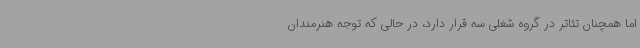
اما همچنان تئاتر در گروه شغلی سه قرار دارد، در حالی که توجه هنرمندان